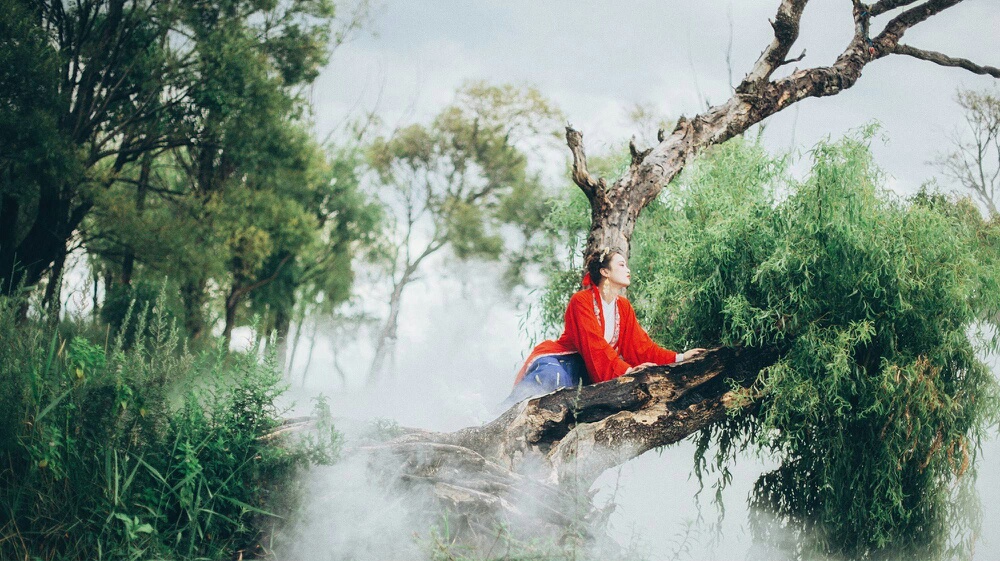
云青青兮欲雨，水澹澹兮生烟。